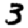
Digit: 3